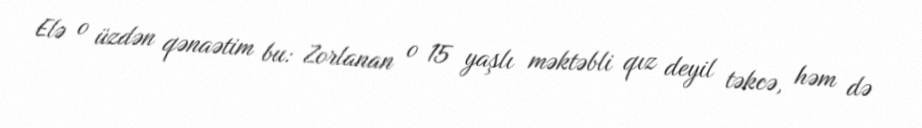
Elə o üzdən qənaətim bu: Zorlanan o 15 yaşlı məktəbli qız deyil təkcə, həm də